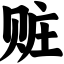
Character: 赃